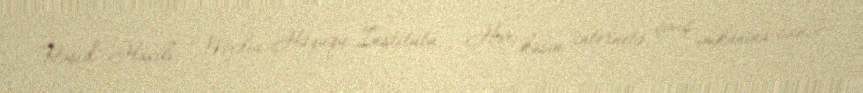
Rəşid Hacılı, Media Hüququ İnstitutu - Hər kəsin internetə çıxış imkanına sahib